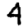
Digit: 4